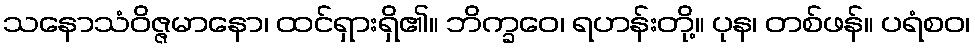
သနောသံဝိဇ္ဇမာနော၊ ထင်ရှားရှိ၏။ ဘိက္ခဝေ၊ ရဟန်းတို့။ ပုန၊ တစ်ဖန်။ ပရံစဝ၊